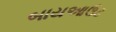
બાયઆઉટ